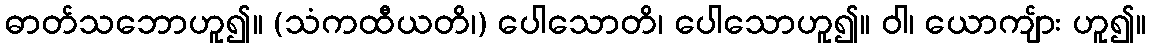
ဓာတ်သဘောဟူ၍။ (သံကထီယတိ၊) ပေါသောတိ၊ ပေါသောဟူ၍။ ဝါ၊ ယောကျ်ား ဟူ၍။